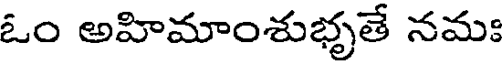
ఓం అహిమాంశుభృతే నమః